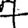
Digit: 7